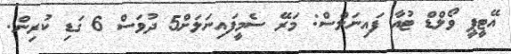
އޭޓީޕީ ވޯލްޑް ޓުއާ ފައިނަލްސް: މަރޭ ސެމީފައިނަލަށް5 ދުވަސް 6 ގަޑި ކުރިން.